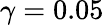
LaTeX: \gamma=0.05